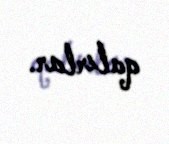
qalırlar.